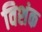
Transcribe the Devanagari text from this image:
विशंक